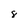
Character: 8